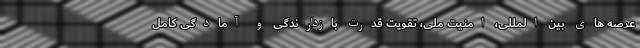
عرصه های بین المللی، امنیت ملی، تقویت قدرت بازدارندگی و آمادگی کامل